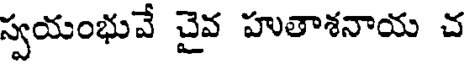
స్వయంభువే చైవ హుతాశనాయ చ